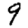
Digit: 9